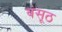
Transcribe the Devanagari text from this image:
बंसूठ